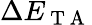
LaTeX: \Delta E_{\mathrm{~T~A~}}